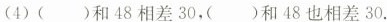
(4)( )和48相差30，( )和48也相差30.